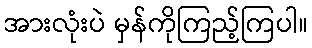
အားလုံးပဲ မှန်ကိုကြည့်ကြပါ။